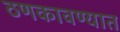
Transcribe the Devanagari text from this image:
ठणकावण्यात